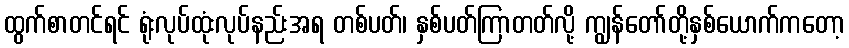
ထွက်စာတင်ရင် ရုံးလုပ်ထုံးလုပ်နည်းအရ တစ်ပတ်၊ နှစ်ပတ်ကြာတတ်လို့ ကျွန်တော်တို့နှစ်ယောက်ကတော့